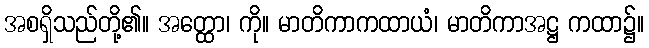
အစရှိသည်တို့၏။ အတ္ထော၊ ကို။ မာတိကာကထာယံ၊ မာတိကာအဋ္ဌ ကထာ၌။